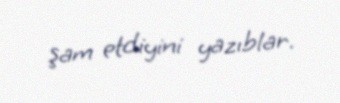
şam etdiyini yazıblar.